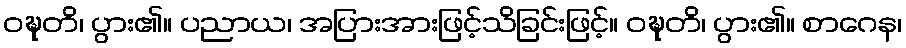
ဝဍ္ဎတိ၊ ပွား၏။ ပညာယ၊ အပြားအားဖြင့်သိခြင်းဖြင့်။ ဝဍ္ဎတိ၊ ပွား၏။ စာဂေန၊